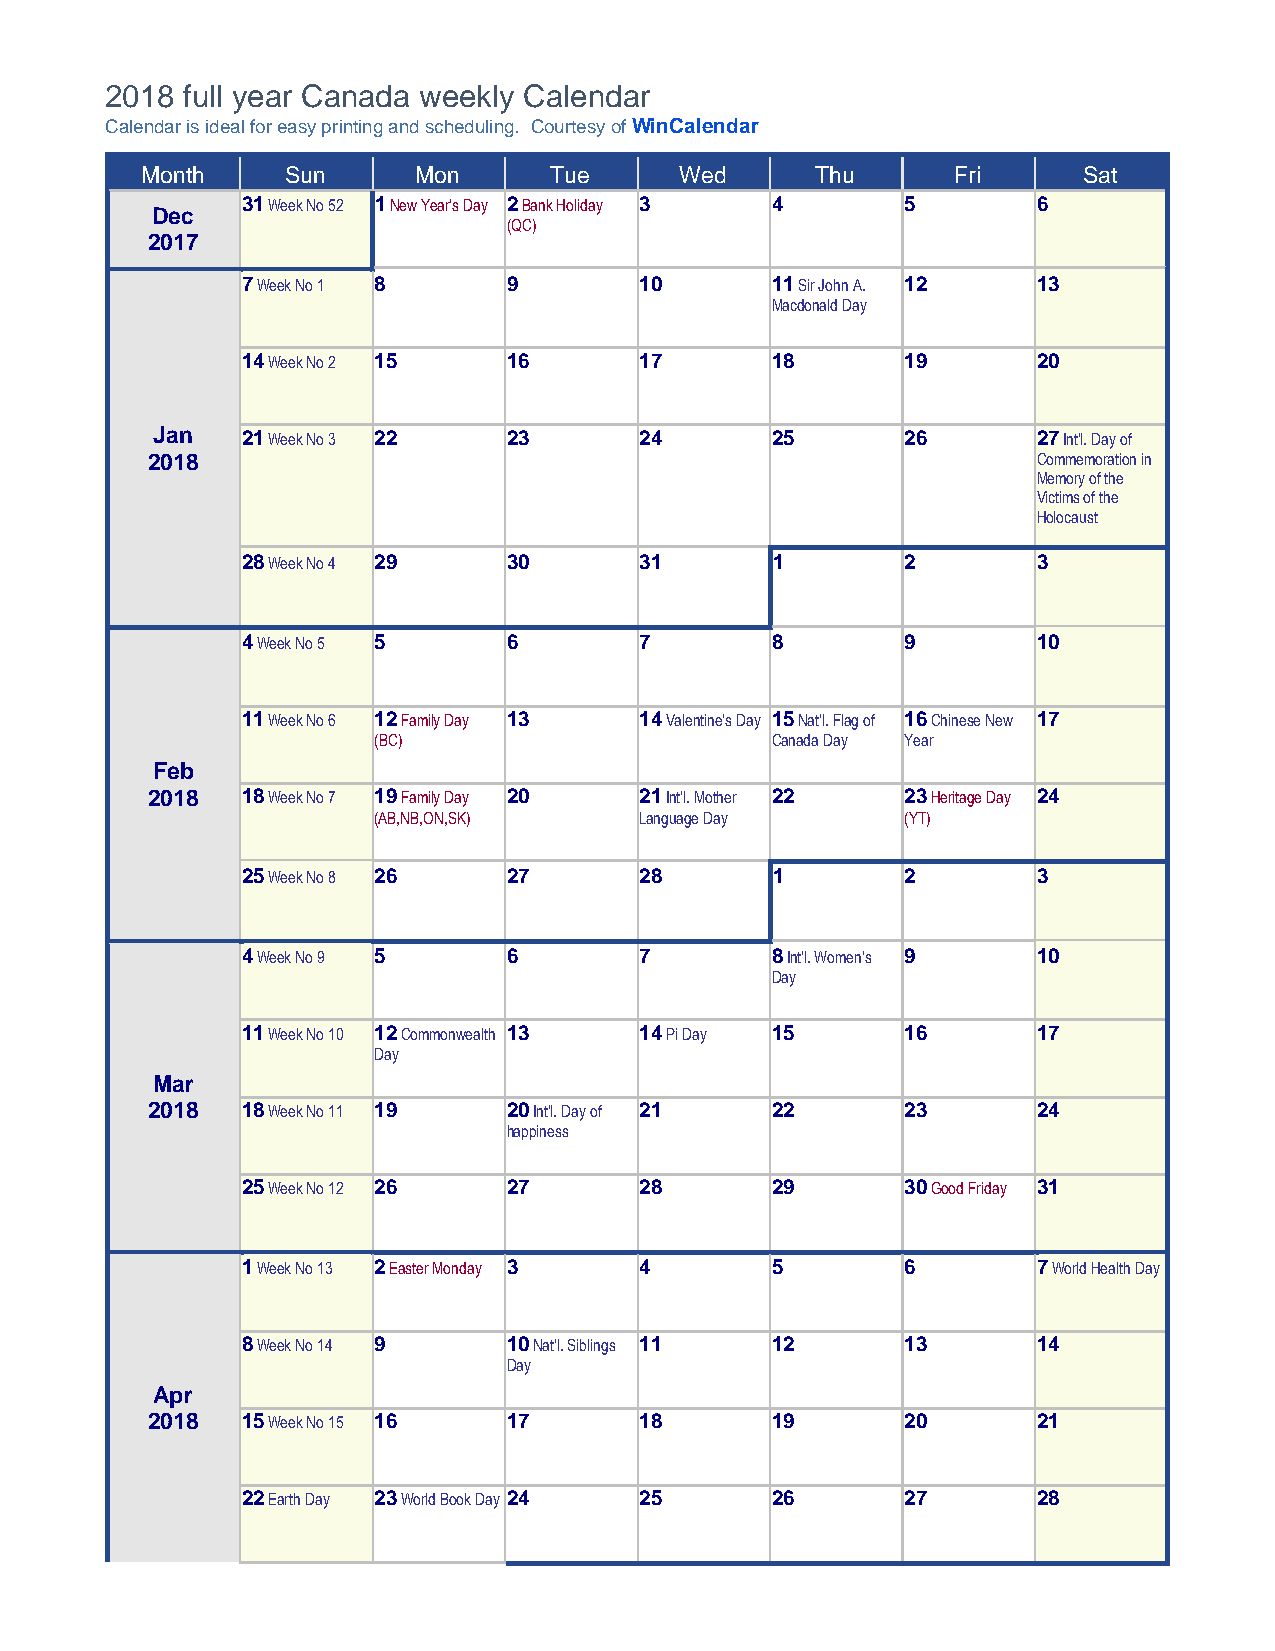
2018 full year Canada weekly Calendar
 Calendar is ideal for easy printing and scheduling. Courtesy of WinCalendar
 Month     Sun     Mon      Tue      Wed      Thu      Fri      Sat
 31 Week No 52 1 New Year's Day 2 Bank Holiday 3 4 5  6
 Dec
 (QC)
 2017
 7 Week No 1 8     9       10       11 Sir John A. 12 13
 Macdonald Day
 14 Week No 2 15   16      17       18       19       20
 Jan   21 Week No 3 22   23      24       25       26       27 Int'l. Day of
 2018                                                       Commemoration in
 Memory of the
 Victims of the
 Holocaust
 28 Week No 4 29   30      31       1        2        3
 4 Week No 5 5     6       7        8        9        10
 11 Week No 6 12 Family Day 13 14 Valentine's Day 15 Nat'l. Flag of 16 Chinese New 17
 (BC)                      Canada Day Year
 Feb
 2018  18 Week No 7 19 Family Day 20 21 Int'l. Mother 22 23 Heritage Day 24
 (AB,NB,ON,SK)    Language Day      (YT)
 25 Week No 8 26   27      28       1        2        3
 4 Week No 9 5     6       7        8 Int'l. Women's 9 10
 Day
 11 Week No 10 12 Commonwealth 13 14 Pi Day 15 16     17
 Day
 Mar
 2018  18 Week No 11 19  20 Int'l. Day of 21 22    23       24
 happiness
 25 Week No 12 26  27      28       29       30 Good Friday 31
 1 Week No 13 2 Easter Monday 3 4   5        6        7 World Health Day
 8 Week No 14 9    10 Nat'l. Siblings 11 12  13       14
 Day
 Apr
 2018  15 Week No 15 16  17      18       19       20       21
 22 Earth Day 23 World Book Day 24 25 26     27       28